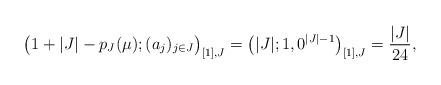
LaTeX: \begin{align*}\big(1+|J|-p_J(\mu);(a_j)_{j\in J}\big)_{[1],J}=\big(|J|;1,0^{|J|-1}\big)_{[1],J}=\frac{|J|}{24},\end{align*}